Vaccination in Bombay 1863-1868 - 1863-1868
Year: 1863
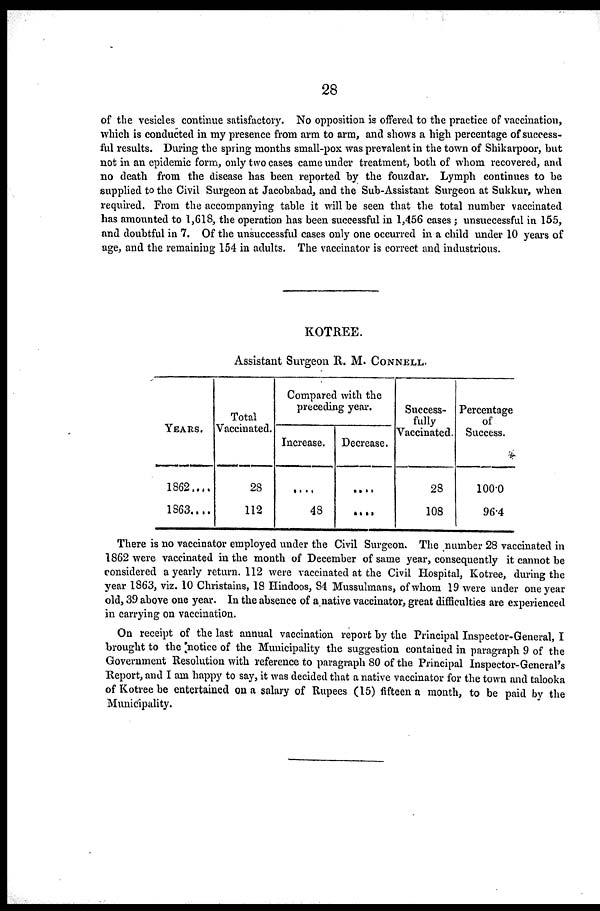
28
of the vesicles continue satisfactory. No opposition is offered to the practice of vaccination,
which is conducted in my presence from arm to arm, and shows a high percentage of success-
ful results. During the spring months small-pox was prevalent in the town of Shikarpoor, but
not in an epidemic form, only two cases came under treatment, both of whom recovered, and
no death from the disease has been reported by the fouzdar. Lymph continues to be
supplied to the Civil Surgeon at Jacobabad, and the Sub-Assistant Surgeon at Sukkur, when
required. From the accompanying table it will be seen that the total number vaccinated
has amounted to 1,618, the operation has been successful in 1,456 cases ; unsuccessful in 155,
and doubtful in 7. Of the unsuccessful cases only one occurred in a child under 10 years of
age, and the remaining 154 in adults. The vaccinator is correct and industrious.
KOTREE.
Assistant Surgeon R. M. CONNELL.
YEARS.
1862....
1863....
Total
Vaccinated.
28
112
Compared with the
preceding year.
Increase.
....
48
Decrease.
....
....
Success-
fully
Vaccinated.
28
108
Percentage
of
Success.
100.0
96.4
There is no vaccinator employed under the Civil Surgeon. The number 28 vaccinated in
1862 were vaccinated in the month of December of same year, consequently it cannot be
considered a yearly return. 112 were vaccinated at the Civil Hospital, Kotree, during the
year 1863, viz. 10 Christains, 18 Hindoos, 84 Mussulmans, of whom 19 were under one year
old, 39 above one year. In the absence of a native vaccinator, great difficulties are experienced
in carrying on vaccination.
On receipt of the last annual vaccination report by the Principal Inspector-General, I
brought to the 'notice of the Municipality the suggestion contained in paragraph 9 of the
Government Resolution with reference to paragraph 80 of the Principal Inspector-General's
Report, and I am happy to say, it was decided that a native vaccinator for the town and talooka
of Kotree be entertained on a salary of Rupees (15) fifteen a month, to be paid by the
Municipality.